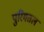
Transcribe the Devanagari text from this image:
पुरिमतल